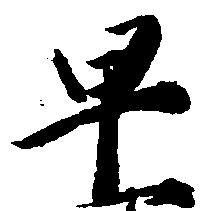
早